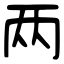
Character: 两